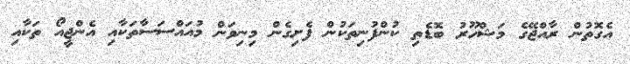
އެގޮތުން ރާއްޖޭގެ މަޝްހޫރު ބޮޑެތި ކުންފުނިތަކުން ފެށިގެން މިނިވަން މުއައްސަސާތަކާއި އެންޖީއޯ ތަކާއި